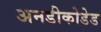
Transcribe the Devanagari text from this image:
अनडीकोडेड